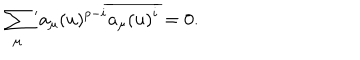
LaTeX: \sum _ { \mu } { } ^ { \prime } a _ { \mu } ( u ) ^ { p - i } \overline { { { a _ { \mu } ( u ) ^ { i } } } } = 0 .